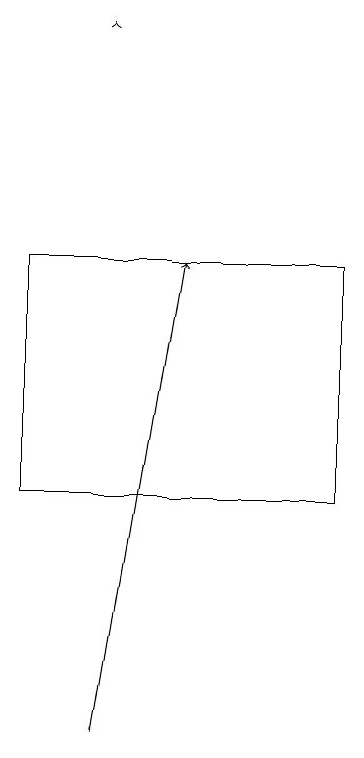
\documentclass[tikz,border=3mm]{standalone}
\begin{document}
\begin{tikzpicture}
\draw (8,13) rectangle (4,16);
\draw[->] (5,19) -- (5,19);
\draw[->] (5,10) -- (6,16);
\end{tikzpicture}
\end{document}